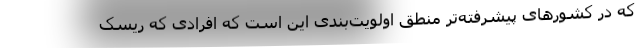
که در کشورهای پیشرفته‌تر منطق اولویت‌بندی این است که افرادی که ریسک